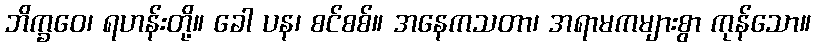
ဘိက္ခဝေ၊ ရဟန်းတို့။ ခေါ ပန၊ စင်စစ်။ အနေကသတာ၊ အရာမကများစွာ ကုန်သော။